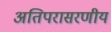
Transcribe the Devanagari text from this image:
अतिपरासरणीय